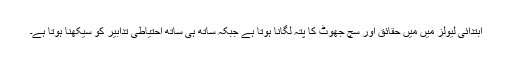
ابتدائی لیولز میں میں حقائق اور سچ جھوٹ کا پتہ لگانا ہوتا ہے جبکہ ساتھ ہی ساتھ احتیاطی تدابیر کو سیکھنا ہوتا ہے۔